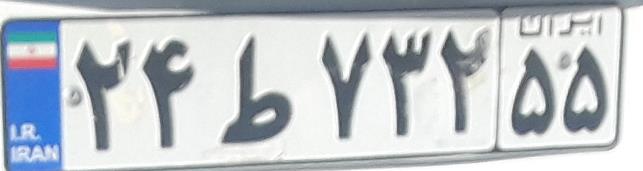
۲۴ط۷۳۲۵۵